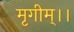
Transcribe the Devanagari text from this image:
मृगीम्।।